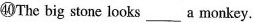
㊵The big stone looks ___ a monkey.